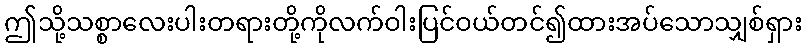
ဤသို့သစ္စာလေးပါးတရားတို့ကိုလက်ဝါးပြင်ဝယ်တင်၍ထားအပ်သောသျှစ်ရှား